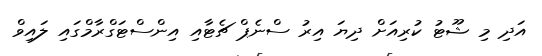
އަދި މި ޝޫޓު ކުރިއަށް ދިޔަ އިރު ސްނެޕް ޗެޓާއި އިންސްޓަގްރާމްގައި ލައިވް